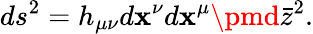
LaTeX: ds^{2}=h_{\mu\nu}d\mathbf{x}^{\nu}d\mathbf{x}^{\mu}\pmd\bar{{z}}^{2}.